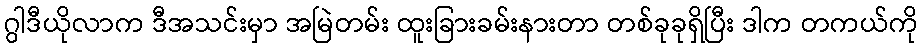
ဂွါဒီယိုလာက ဒီအသင်းမှာ အမြဲတမ်း ထူးခြားခမ်းနားတာ တစ်ခုခုရှိပြီး ဒါက တကယ်ကို